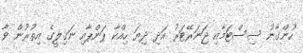
ހުންގާނު ސިސްޓަމާއި ޖަނަރޭޓަރު އަދި ދިޔަ ހިއްކާ ޕަންޕާއި ނަގިލީގެ އިތުރުން ވާ